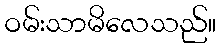
ဝမ်းသာမိလေသည်။